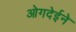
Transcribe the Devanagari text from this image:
ओगदेईने